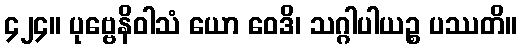
၄၂၄။ ပုဗ္ဗေနိဝါသံ ယော ဝေဒိ၊ သဂ္ဂါပါယဉ္စ ပဿတိ။